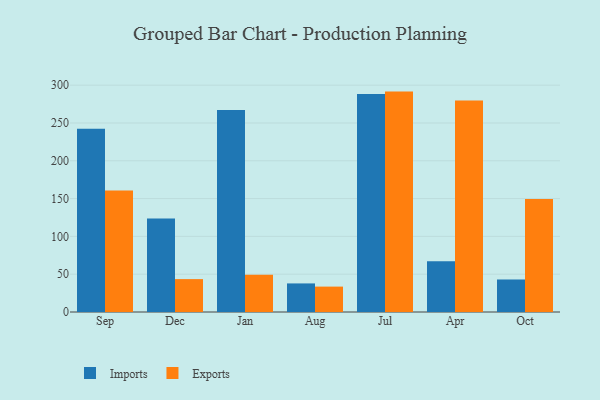
{"axis": {"x": "Month", "y": "Bounce Rate (%)"}, "legend": ["Exports", "Imports"], "data": [{"x": "Sep", "y": 242.3, "type": "Imports"}, {"x": "Sep", "y": 160.7, "type": "Exports"}, {"x": "Dec", "y": 123.7, "type": "Imports"}, {"x": "Dec", "y": 43.5, "type": "Exports"}, {"x": "Jan", "y": 267.0, "type": "Imports"}, {"x": "Jan", "y": 49.3, "type": "Exports"}, {"x": "Aug", "y": 37.8, "type": "Imports"}, {"x": "Aug", "y": 33.6, "type": "Exports"}, {"x": "Jul", "y": 288.3, "type": "Imports"}, {"x": "Jul", "y": 291.5, "type": "Exports"}, {"x": "Apr", "y": 67.2, "type": "Imports"}, {"x": "Apr", "y": 279.7, "type": "Exports"}, {"x": "Oct", "y": 43.0, "type": "Imports"}, {"x": "Oct", "y": 149.5, "type": "Exports"}]}